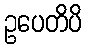
ဥပေတိပိ